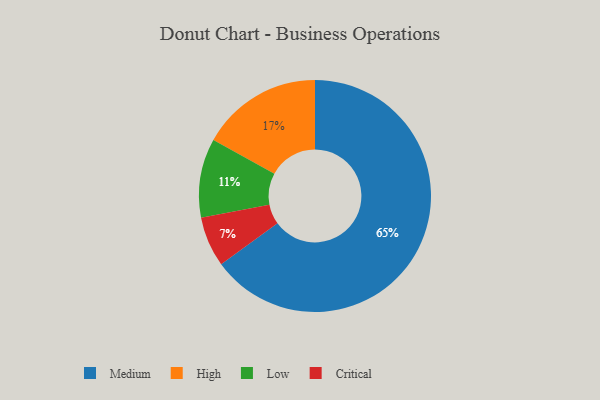
{"axis": {"x": "Category", "y": "Percentage"}, "legend": ["Critical", "High", "Low", "Medium"], "data": [{"x": "Critical", "y": 7, "type": "Critical"}, {"x": "Medium", "y": 65, "type": "Medium"}, {"x": "Low", "y": 11, "type": "Low"}, {"x": "High", "y": 17, "type": "High"}]}